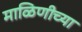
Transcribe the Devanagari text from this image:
माळिणीच्या